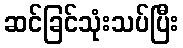
ဆင်ခြင်သုံးသပ်ပြီး